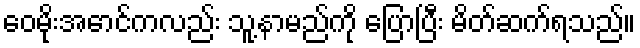
ဝေမိုးအောင်ကလည်း သူ့နာမည်ကို ပြောပြီး မိတ်ဆက်ရသည်။